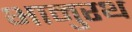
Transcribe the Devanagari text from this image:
भानुरथ